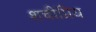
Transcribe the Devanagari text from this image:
शचीप्रिय